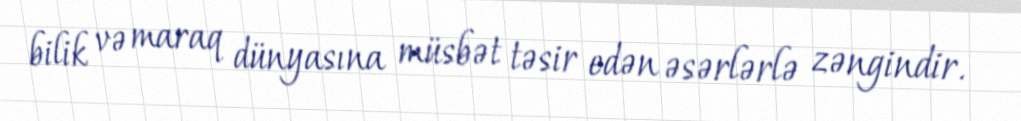
bilik və maraq dünyasına müsbət təsir edən əsərlərlə zəngindir.